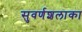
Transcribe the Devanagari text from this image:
सुवर्णशलाका